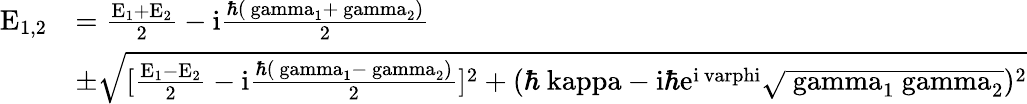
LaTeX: \begin{array}{rl}{\mathrm{E_{1,2}}}&{=\mathrm{\frac{E_{1}+E_{2}}{2}-i\frac{\hbar{(\ gamma_{1}+\ gamma_{2})}}{2}}}\\ &{\mathrm{\pm\sqrt{[\frac{E_{1}-E_{2}}{2}-i\frac{\hbar(\ gamma_{1}-\ gamma_{2})}{2}]^{2}+(\hbar\ kappa-i\hbar e^{i\ varphi}\sqrt{\ gamma_{1}\ gamma_{2}})^{2}}}}\end{array}